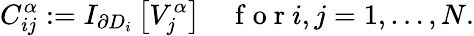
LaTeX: C_{ij}^{\alpha}:=I_{\partial D_{i}}\left[V_{j}^{\alpha}\right]\quad\mathrm{~f~o~r~}i,j=1,\dots,N.